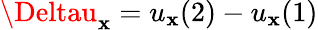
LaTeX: \Deltau_{\mathbf{x}}=u_{\mathbf{x}}(2)-u_{\mathbf{x}}(1)